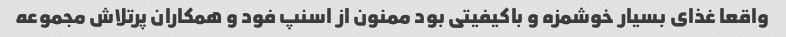
واقعا غذای بسیار خوشمزه و باکیفیتی بود ممنون از اسنپ فود و همکاران پرتلاش مجموعه